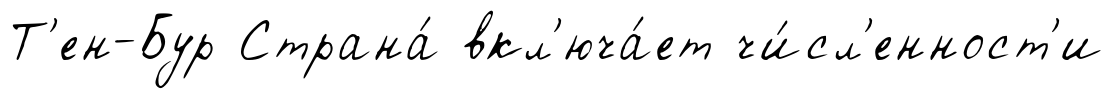
Т'ен-Бур Страна́ вкл'юча́ет чи́сл'енност'и